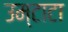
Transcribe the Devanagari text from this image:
उम्टाटा